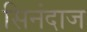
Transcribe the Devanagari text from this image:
सिनंदाज